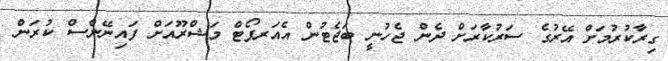
ގިރާކުރުމަށް އޭރުގެ ސަރުކާރަށް ދެން ޖެހުނީ ބަޖެޓުން އެއަރޕޯޓް މަޝްރޫއަށް ފައިނޭންސް ކުރަން